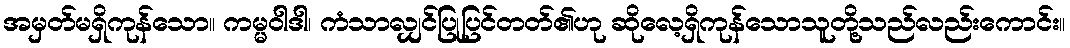
အမှတ်မရှိကုန်သော။ ကမ္မဝါဒါ၊ ကံသာလျှင်ပြုပြင်တတ်၏ဟု ဆိုလေ့ရှိကုန်သောသူတို့သည်လည်းကောင်း။